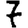
Digit: 7